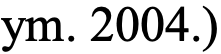
ym. 2004.)